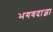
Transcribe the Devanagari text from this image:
भगवदाज्ञा